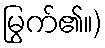
မြွက်၏။)